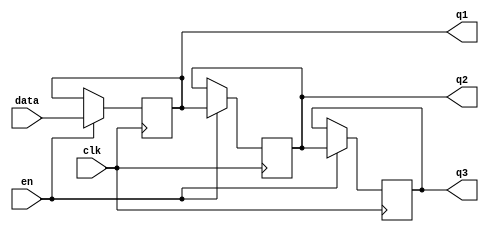
`timescale 1ns / 1ps
//////////////////////////////////////////////////////////////////////////////////
// Company: 
//                 Agnesina, Anthony
// 
// Create Date:    
// Design Name: 
// Module Name:    hw6_shift_reg 
// Project Name: 
// Target Devices: 
// Tool versions: 
// Description: 
//
// Dependencies: 
//
// Revision: 
// Revision 0.01 - File Created
// Additional Comments: 
//
//////////////////////////////////////////////////////////////////////////////////
module hw6_shift_reg (
    clk,
    en,
    data,
    q1,
    q2,
    q3
);

//Inputs
input clk;
input en;
input [7:0] data;

//Outputs
output reg [7:0] q1;
output reg [7:0] q2;
output reg [7:0] q3;

//Sequential Logic
always @(posedge clk) begin
    if (en) begin
        q1 <= data;
        q2 <= q1;
        q3 <= q2;
    end
end

endmodule